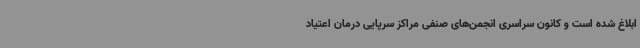
ابلاغ شده است و کانون سراسری انجمن‌های صنفی مراکز سرپایی درمان اعتیاد